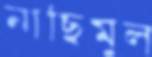
নাছিমুল